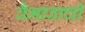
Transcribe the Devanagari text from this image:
वैभावाची